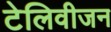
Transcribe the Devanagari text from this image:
टेलिवीजन